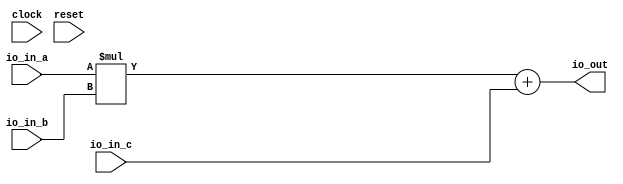
// This program was cloned from: https://github.com/wilfredkisku/CHISEL3-PROJECTS
// License: The Unlicense

module MAC(
  input        clock,
  input        reset,
  input  [3:0] io_in_a, // @[IdeaProjects/BootCamp/BC_module_example/src/main/scala/MAC.scala 5:14]
  input  [3:0] io_in_b, // @[IdeaProjects/BootCamp/BC_module_example/src/main/scala/MAC.scala 5:14]
  input  [3:0] io_in_c, // @[IdeaProjects/BootCamp/BC_module_example/src/main/scala/MAC.scala 5:14]
  output [7:0] io_out // @[IdeaProjects/BootCamp/BC_module_example/src/main/scala/MAC.scala 5:14]
);
  wire [7:0] _io_out_T = io_in_a * io_in_b; // @[IdeaProjects/BootCamp/BC_module_example/src/main/scala/MAC.scala 11:22]
  wire [7:0] _GEN_0 = {{4'd0}, io_in_c}; // @[IdeaProjects/BootCamp/BC_module_example/src/main/scala/MAC.scala 11:33]
  assign io_out = _io_out_T + _GEN_0; // @[IdeaProjects/BootCamp/BC_module_example/src/main/scala/MAC.scala 11:33]
endmodule